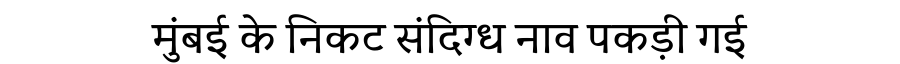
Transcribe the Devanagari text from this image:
मुंबई के निकट संदिग्ध नाव पकड़ी गई